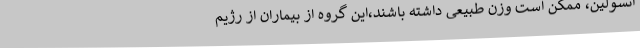
انسولین، ممکن است وزن طبیعی داشته باشند،این گروه از بیماران از رژیم